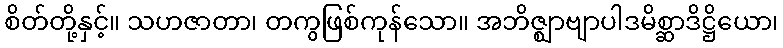
စိတ်တို့နှင့်။ သဟဇာတာ၊ တကွဖြစ်ကုန်သော။ အဘိဇ္ဈာဗျာပါဒမိစ္ဆာဒိဋ္ဌိယော၊